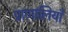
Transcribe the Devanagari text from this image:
प्राणालियाँ